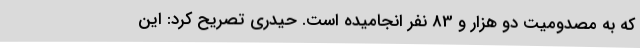
که به مصدومیت دو هزار و 83 نفر انجامیده است. حیدری تصریح کرد: این